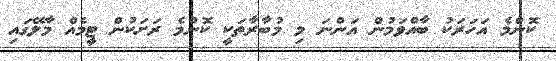
ކޮންމެ އަހަރަކު ބާއްވަމުން އަންނަ މި މުބާރާތަކީ ކޮންމެ ރަށަކުން ޓީމެއް މާލޭގައި